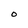
Character: O